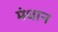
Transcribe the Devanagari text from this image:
मंधान